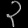
Digit: ၃